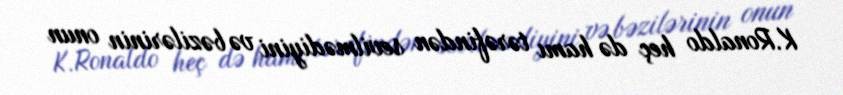
K.Ronaldo heç də hamı tərəfindən sevilmədiyini və bəzilərinin onun